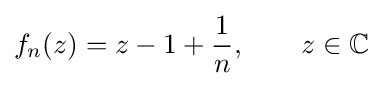
f_{n}(z)=z-1+{\frac {1}{n}},\qquad z\in \mathbb {C}